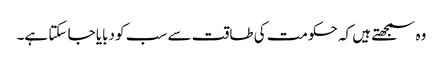
وہ سمجھتے ہیں کہ حکومت کی طاقت سے سب کو دبایا جا سکتا ہے۔